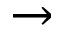
\rightarrow